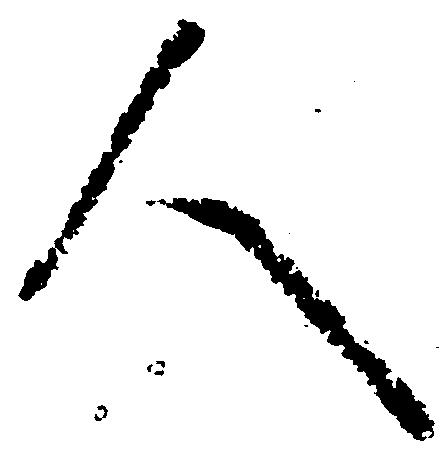
人